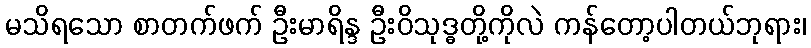
မသိရသော စာတက်ဖက် ဦးမာရိန္ဒ ဦးဝိသုဒ္ဓတို့ကိုလဲ ကန်တော့ပါတယ်ဘုရား၊